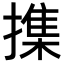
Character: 𢵸